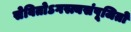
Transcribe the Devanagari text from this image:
सेवितोऽगस्त्यसंपूजितो